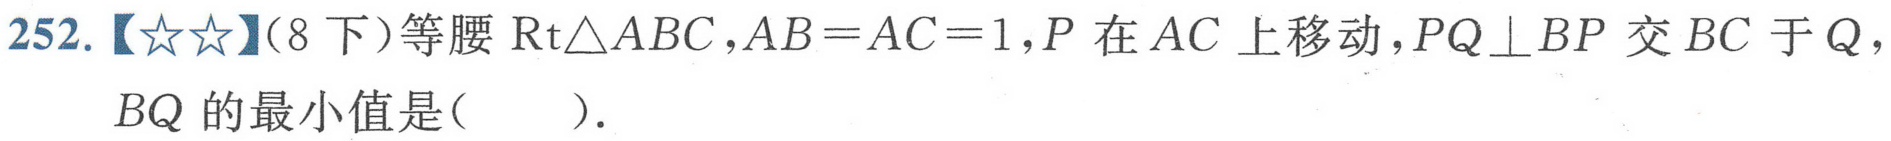
252.【★★】(8 下)等腰$\text{Rt}\triangle ABC$,$AB = AC = 1$,$P$在$AC$上移动,$PQ\perp BP$交$BC$于$Q$，$BQ$的最小值是( ).